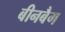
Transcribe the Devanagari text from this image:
बीनबैग